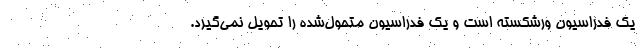
یک فدراسیون ورشکسته است و یک فدراسیون متحول‌شده را تحویل نمی‌گیرد.